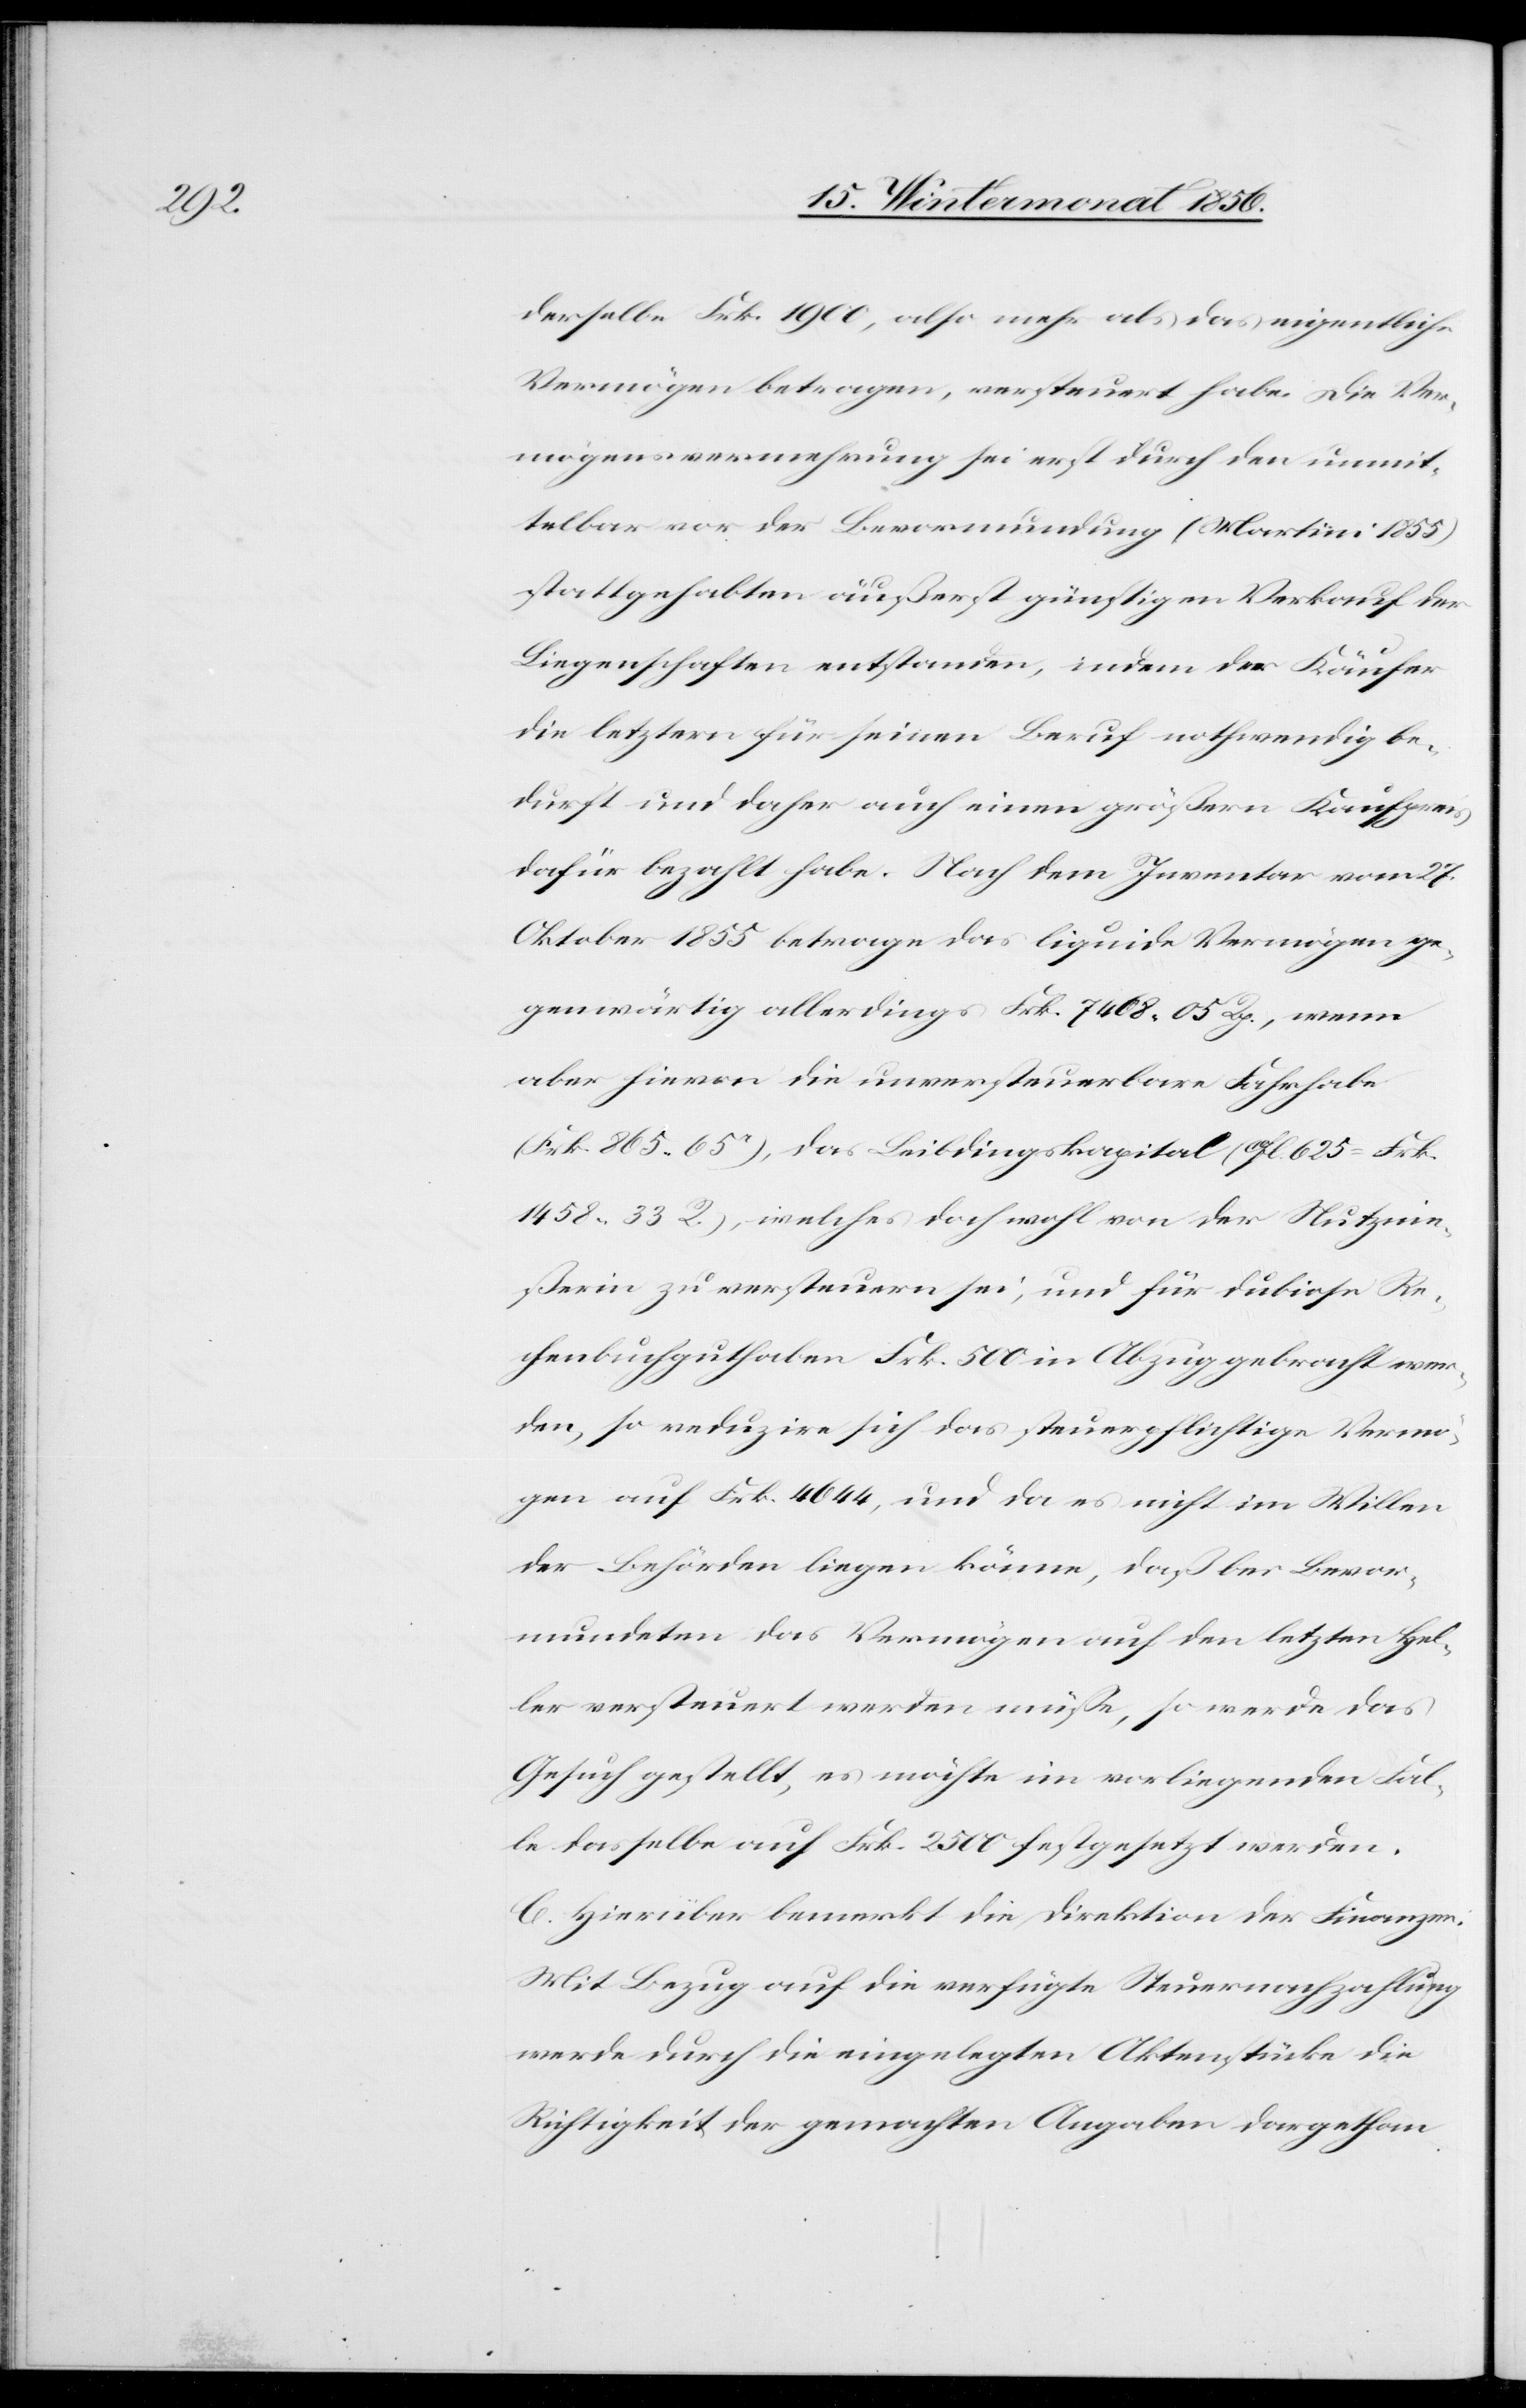
derselbe Frk. 1900, also mehr als das eigentliche
Vermögen betragen, versteuert habe. Die Ver¬
mögensvermehrung sei erst durch den unmit¬
telbar vor der Bevormundung (Martini 1855)
stattgehabten äußerst günstigen Verkauf der
Liegenschaften entstanden, indem der Käufer
die letztern für seinen Beruf nothwendig be¬
durft und daher auch einen größern Kaufpreis
dafür bezahlt habe. Nach dem Inventar vom 27.
Oktober 1855 betrage das liquide Vermögen ge¬
genwärtig allerdings Frk. 7468. 05 Rp., wenn
aber hievon die unversteuerbare Fahrhabe
(Frk. 865. 65r), das Leibdingskapital (10fl. 625 = Frk.
1458. 33 R.), welches doch wohl von der Nutzn¬
ießerin zu versteuern sei, und für dubiose Re¬
chenbuchguthaben Frk. 500 in Abzug gebracht wer¬
den, so reduzire sich das steuerpflichtige Vermö¬
gen auf Frk. 4644, und da es nicht im Willen
der Behörden liegen könne, daß bei Bevor¬
mundeten das Vermögen auf den letzten Hel¬
ler versteuert werden müsse, so werde das
Gesuch gestellt, es möchte im vorliegenden Fal¬
le dasselbe auf Frk. 2500 festgesetzt werden.
C. Hierüber bemerkt die Direktion der Finanzen:
Mit Bezug auf die verfügte Steuernachzahlung
werde durch die eingelegten Aktenstücke die
Richtigkeit der gemachten Angaben dargethan